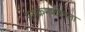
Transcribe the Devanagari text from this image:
पराक्रमशीलता